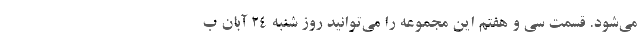
می‌شود. قسمت سی و هفتم این مجموعه را می‌توانید روز شنبه ۲۴ آبان ب